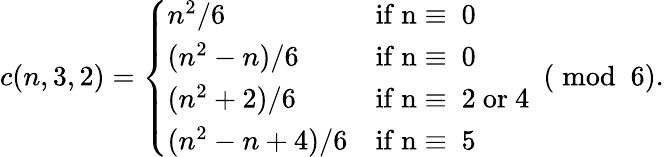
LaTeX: c(n,3,2)=\left\{ \begin{array}{ll}{n^{2}/6}&{\mathrm{if~n\equiv~0~}}\\ {(n^{2}-n)/6}&{\mathrm{if~n\equiv~0~}}\\ {(n^{2}+2)/6}&{\mathrm{if~n\equiv~2~or~4~}}\\ {(n^{2}-n+4)/6}&{\mathrm{if~n\equiv~5~}}\end{array}\right.\ (\bmod\ 6).